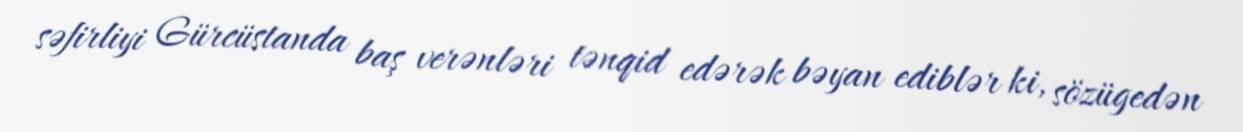
səfirliyi Gürcüstanda baş verənləri tənqid edərək bəyan ediblər ki, sözügedən